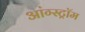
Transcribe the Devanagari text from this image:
आंग्स्ट्रॉम